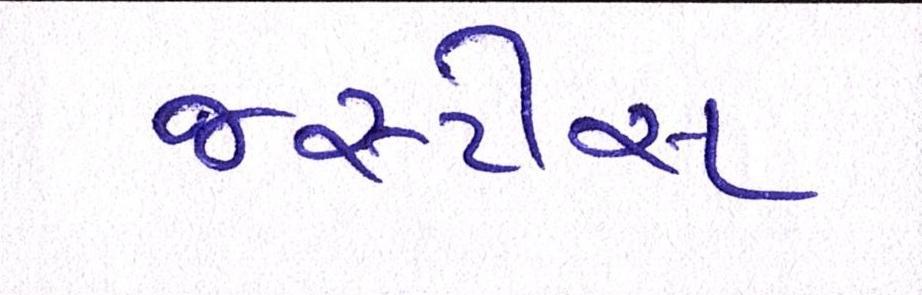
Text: જસ્ટીસ